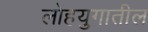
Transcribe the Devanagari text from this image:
लोहयुगातील